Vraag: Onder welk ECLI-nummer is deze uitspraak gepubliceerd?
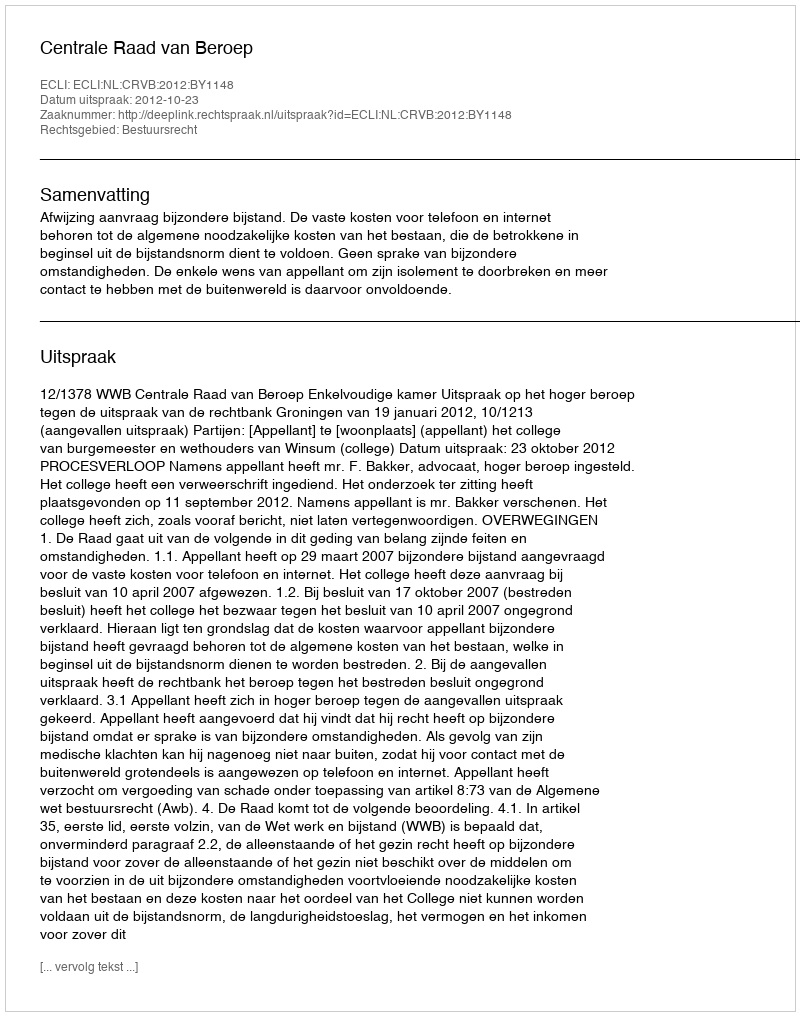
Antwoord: ECLI:NL:CRVB:2012:BY1148